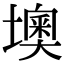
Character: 墺